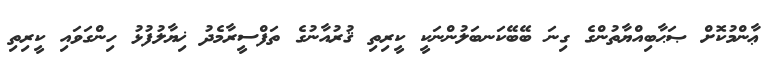
ޢާންމުކޮށް ޞަޙާބިއްޔާތުންގެ ގިނަ ބޭބޭކަނބަލުންނަކީ ކީރިތި ޤުރުއާނުގެ ތަފްސީރާމެދު ޚިޔާލުފުޅު ހިންގަވައި ކީރިތި